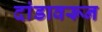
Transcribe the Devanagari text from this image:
दांडावरून